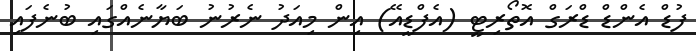
ފުޑް އެންޑް ޑްރަގް އޮތޯރިޓީ (އެފްޑީއޭ) އިން މިއަދު ނެރުނު ބަޔާނެއްގައި ބުނެފައި